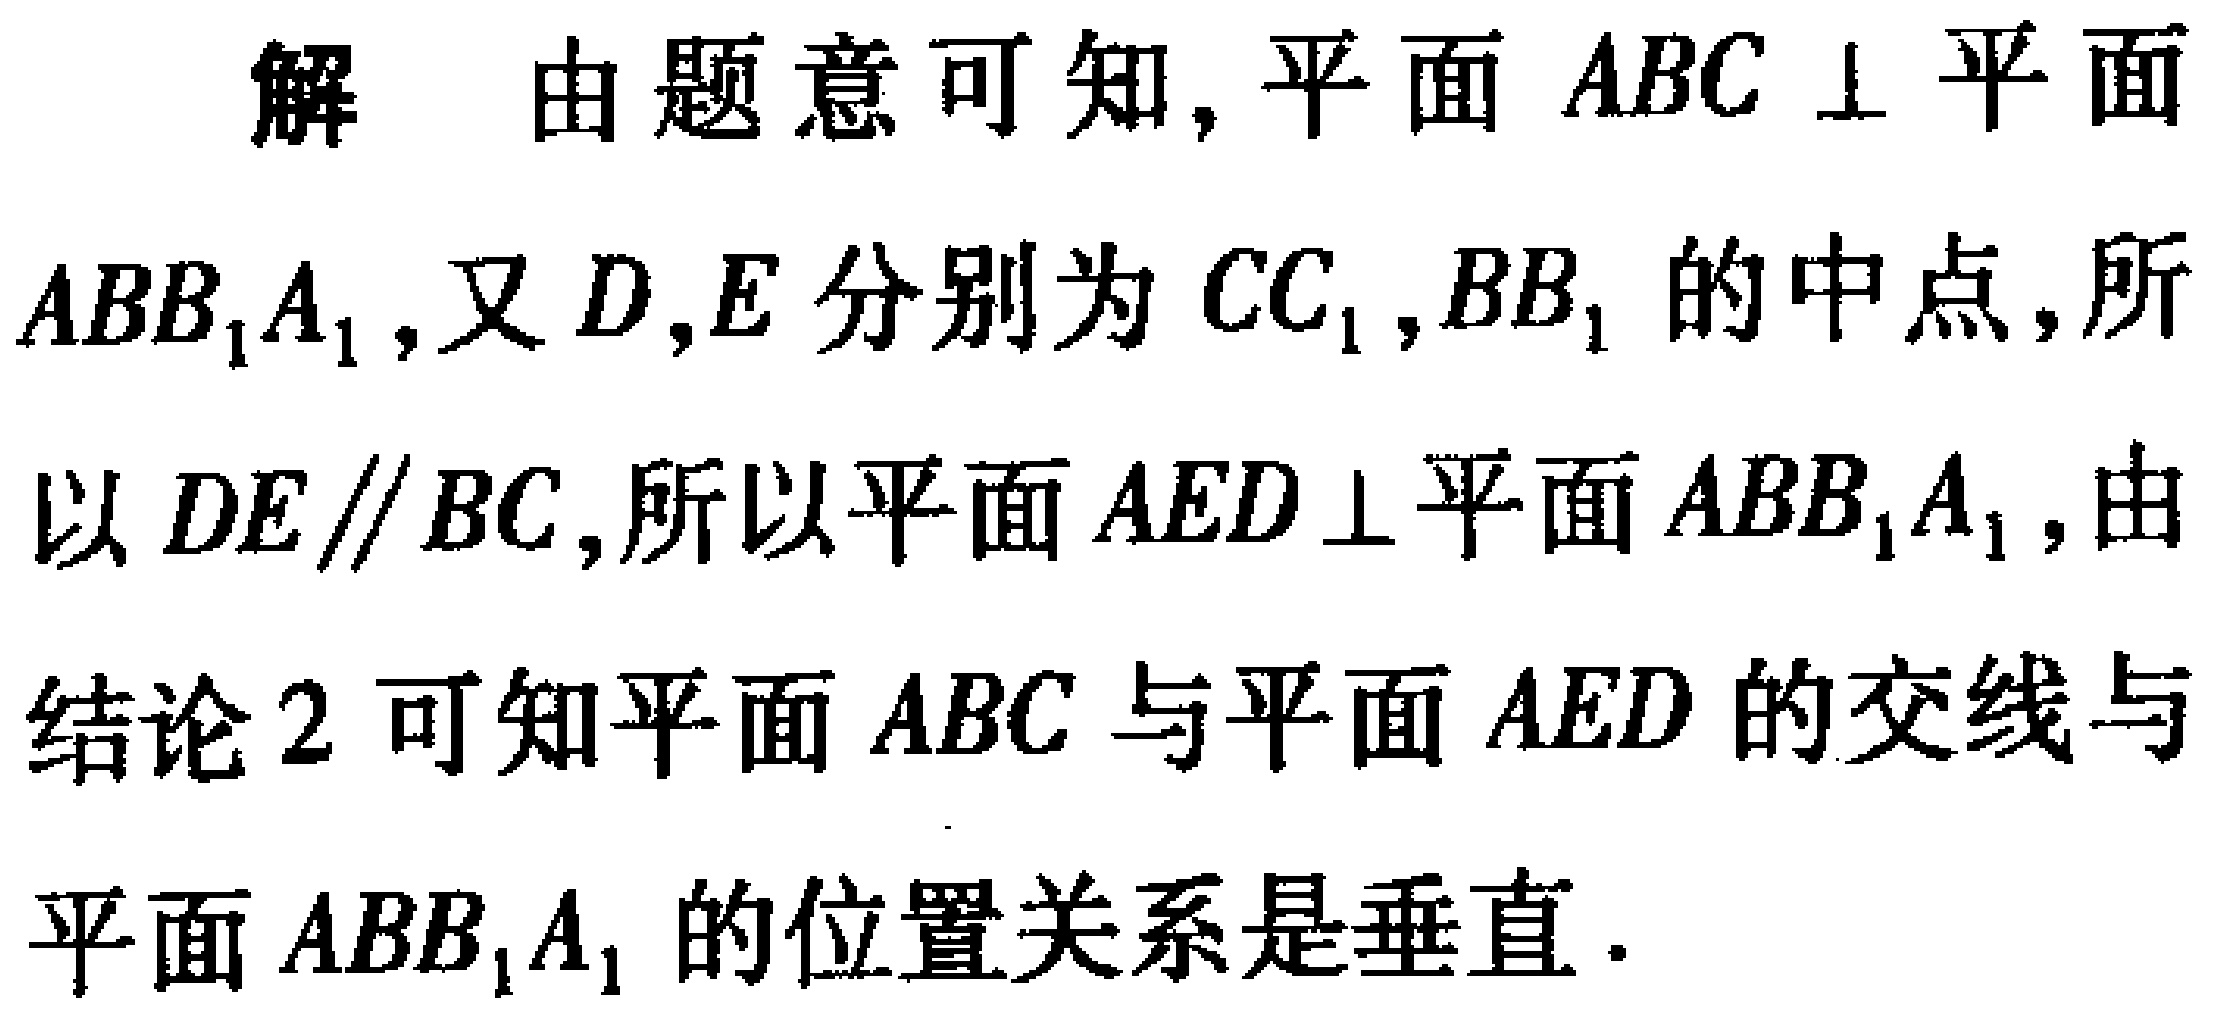
解 由题意可知, 平面 \(ABC \perp\) 平面 \(ABB_1A_1\), 又 \(D,E\) 分别为 \(CC_1,BB_1\) 的中点, 所以 \(DE\parallel BC\), 所以平面 \(AED\perp\) 平面 \(ABB_1A_1\), 由结论 2 可知平面 \(ABC\) 与平面 \(AED\) 的交线与平面 \(ABB_1A_1\) 的位置关系是垂直.